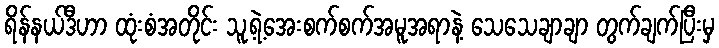
ရိန်နယ်ဒီဟာ ထုံးစံအတိုင်း သူ့ရဲ့အေးစက်စက်အမူအရာနဲ့ သေသေချာချာ တွက်ချက်ပြီးမှ